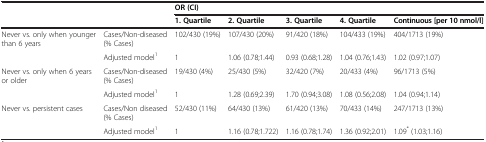
<table><thead><tr><td></td><td></td><td colspan="5"><b>OR (CI)</b></td></tr><tr><td></td><td></td><td><b>1. Quartile</b></td><td><b>2. Quartile</b></td><td><b>3. Quartile</b></td><td><b>4. Quartile</b></td><td><b>Continuous [per 10 nmol/l]</b></td></tr></thead><tbody><tr><td rowspan="2">Never vs. only when younger than 6 years</td><td>Cases/Non-diseased (% Cases)</td><td>102/430 (19%)</td><td>107/430 (20%)</td><td>91/420 (18%)</td><td>104/433 (19%)</td><td>404/1713 (19%)</td></tr><tr><td>Adjusted model<sup>1</sup></td><td>1</td><td>1.06 (0.78;1.44)</td><td>0.93 (0.68;1.28)</td><td>1.04 (0.76;1.43)</td><td>1.02 (0.97;1.07)</td></tr><tr><td rowspan="2">Never vs. only when 6 years or older</td><td>Cases/Non-diseased (% Cases)</td><td>19/430 (4%)</td><td>25/430 (5%)</td><td>32/420 (7%)</td><td>20/433 (4%)</td><td>96/1713 (5%)</td></tr><tr><td>Adjusted model<sup>1</sup></td><td>1</td><td>1.28 (0.69;2.39)</td><td>1.70 (0.94;3.08)</td><td>1.08 (0.56;2.08)</td><td>1.04 (0.94;1.14)</td></tr><tr><td rowspan="2">Never vs. persistent cases</td><td>Cases/Non diseased (% Cases)</td><td>52/430 (11%)</td><td>64/430 (13%)</td><td>61/420 (13%)</td><td>70/433 (14%)</td><td>247/1713 (13%)</td></tr><tr><td>Adjusted model<sup>1</sup></td><td>1</td><td>1.16 (0.78;1.722)</td><td>1.16 (0.78;1.74)</td><td>1.36 (0.92;2.01)</td><td>1.09<sup>*</sup> (1.03;1.16)</td></tr></tbody></table>